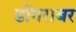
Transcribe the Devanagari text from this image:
डोंगराबर